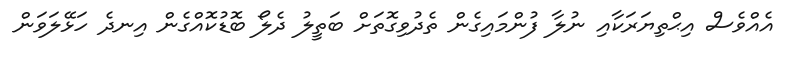
އެއްވެސް އިޙްތިޔަރަކާއި ނުލާ ފުންމައިގެން ތެދުވިގޮތަށް ބަތީލު ދެލޯ ބޮޑުކޮއްގެން އިނދެ ހަޅޭލަވަން